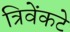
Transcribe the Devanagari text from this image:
त्रिवेंकटे